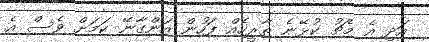
އަދި އެ މެޗު ކުޅޭނެ ތާރީހެއް ފަހުން އަންގާނޭ ކަމަށް ވެސް އެ